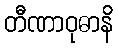
တီဏာဝုဓာနိ